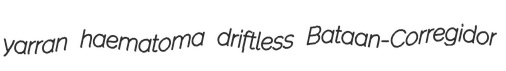
yarran haematoma driftless Bataan-Corregidor